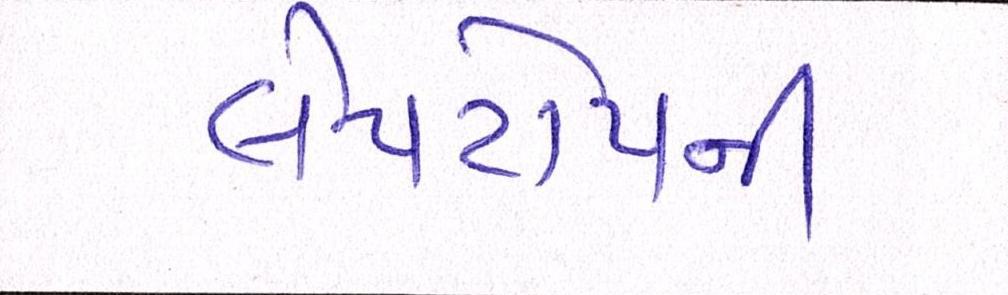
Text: લેપટોપની